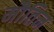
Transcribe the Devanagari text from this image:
मौतिन